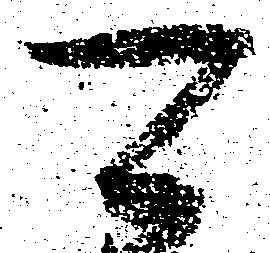
可